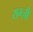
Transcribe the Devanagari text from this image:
राम्ज़ी